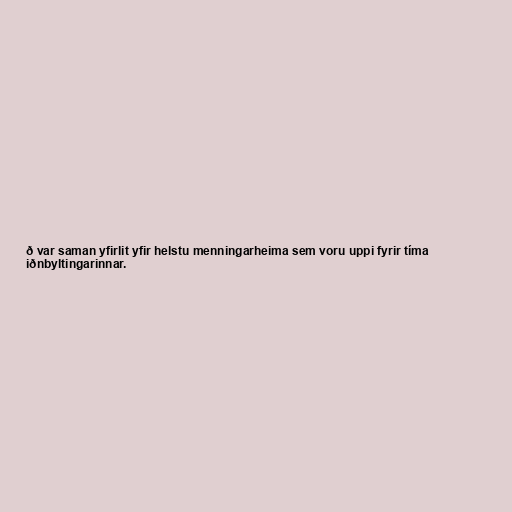
ð var saman yfirlit yfir helstu menningarheima sem voru uppi fyrir tíma
iðnbyltingarinnar.